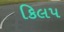
કિલપ